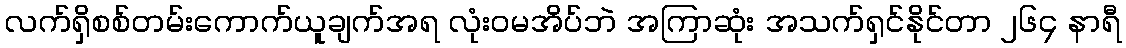
လက်ရှိစစ်တမ်းကောက်ယူချက်အရ လုံးဝမအိပ်ဘဲ အကြာဆုံး အသက်ရှင်နိုင်တာ ၂၆၄ နာရီ